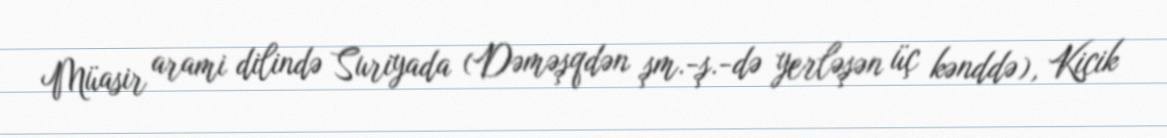
Müasir arami dilində Suriyada (Dəməşqdən şm.-ş.-də yerləşən üç kənddə), Kiçik